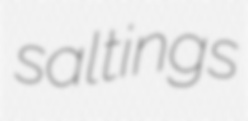
saltings